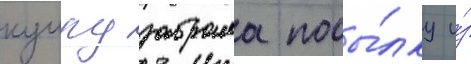
кумру забрала посы́лку и́з